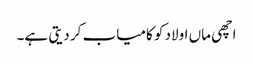
اچھی ماں اولاد کو کامیاب کر دیتی ہے۔